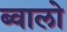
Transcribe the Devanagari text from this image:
ब्वालो